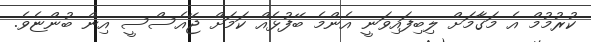
ކުރުމުމް އެ މަގާމަށް ލިބިފައިވަނީ އެންމެ ބޭފުޅެއް ކަމަށް ޖޭއެސްސީ އިން ބުންޏެވެ.